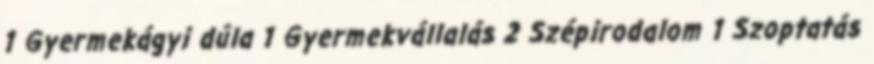
1 Gyermekágyi dúla 1 Gyermekvállalás 2 Szépirodalom 1 Szoptatás